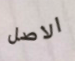
الاصل